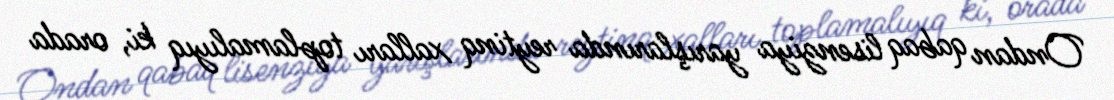
Ondan qabaq lisenziya yarışlarında reytinq xalları toplamalıyıq ki, orada